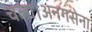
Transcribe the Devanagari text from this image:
चला।अनगसेना